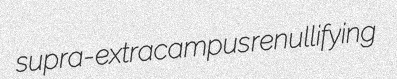
supra- extracampus renullifying